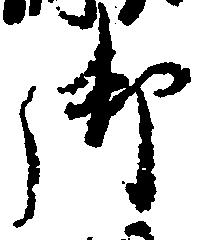
御